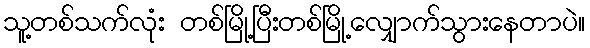
သူ့တစ်သက်လုံး တစ်မြို့ပြီးတစ်မြို့လျှောက်သွားနေတာပဲ။